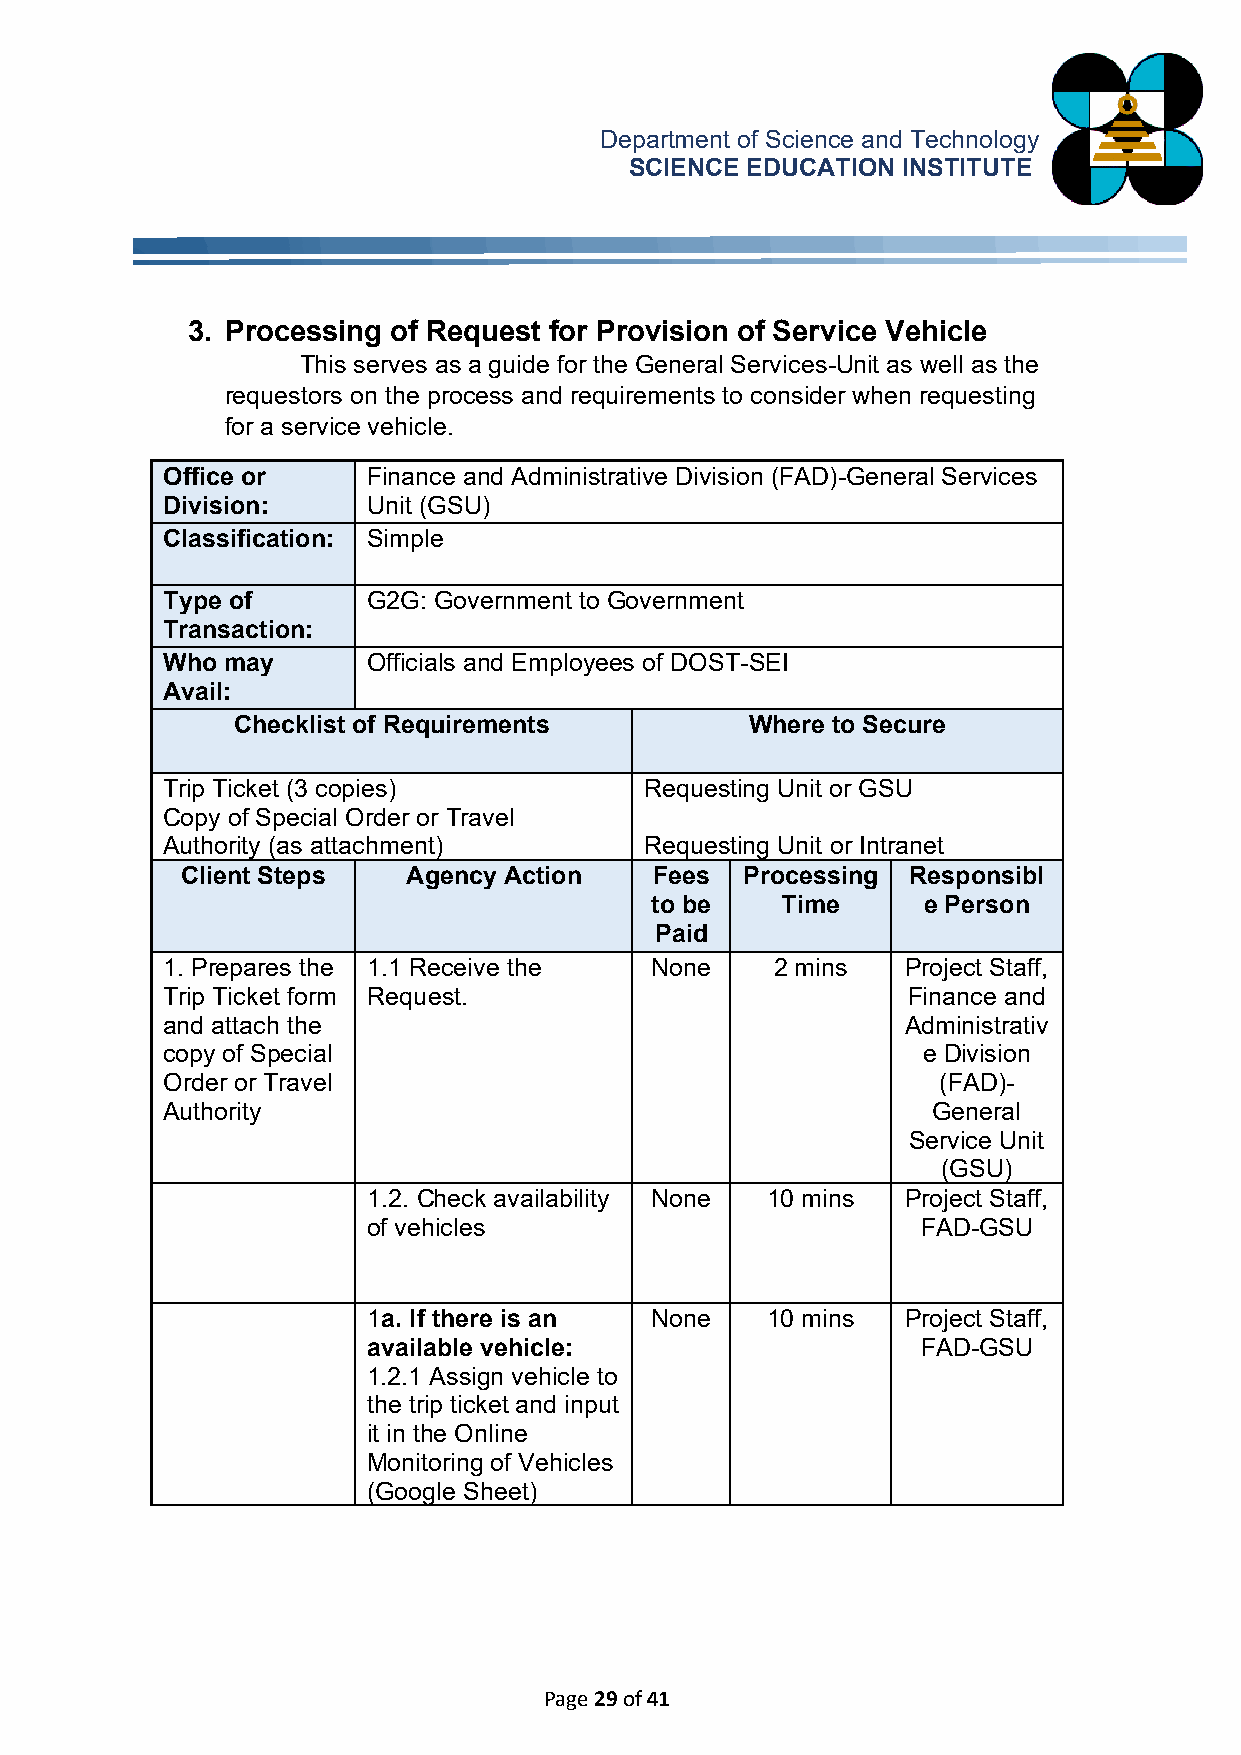
Department of Science and Technology
 SCIENCE EDUCATION INSTITUTE
 3. Processing of Request for Provision of Service Vehicle
 This serves as a guide for the General Services-Unit as well as the
 requestors on the process and requirements to consider when requesting
 for a service vehicle.
 Office or    Finance and Administrative Division (FAD)-General Services
 Division:    Unit (GSU)
 Classification: Simple
 Type of      G2G: Government to Government
 Transaction:
 Who may      Officials and Employees of DOST-SEI
 Avail:
 Checklist of Requirements          Where to Secure
 Trip Ticket (3 copies)          Requesting Unit or GSU
 Copy of Special Order or Travel
 Authority (as attachment)       Requesting Unit or Intranet
 Client Steps   Agency Action   Fees  Processing Responsibl
 to be    Time     e Person
 Paid
 1. Prepares the 1.1 Receive the None    2 mins   Project Staff,
 Trip Ticket form Request.                        Finance and
 and attach the                                   Administrativ
 copy of Special                                   e Division
 Order or Travel                                    (FAD)-
 Authority                                          General
 Service Unit
 (GSU)
 1.2. Check availability None 10 mins Project Staff,
 of vehicles                          FAD-GSU
 1a. If there is an None    10 mins  Project Staff,
 available vehicle:                   FAD-GSU
 1.2.1 Assign vehicle to
 the trip ticket and input
 it in the Online
 Monitoring of Vehicles
 (Google Sheet)
 Page 29 of 41